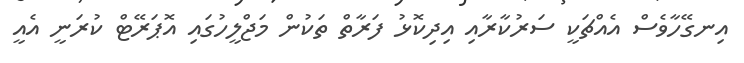
އިނގޭހާވެސް އެއްޗަކީ ސަރުކާރާއި އިދިކޮޅު ފަރާތް ތަކުން މަޖްލީހުގައި އޮޕަރޭޓް ކުރަނީ އެއީ